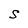
Character: S